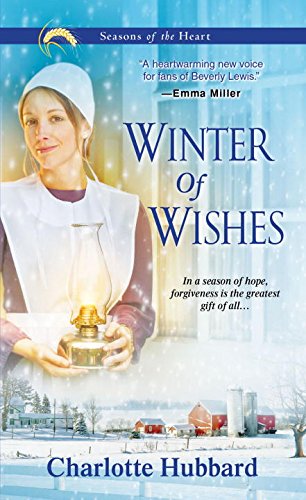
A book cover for Winter of Wishes (Seasons of the Heart); Charlotte Hubbard; Christian Books & Bibles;